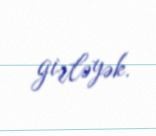
girləyək.